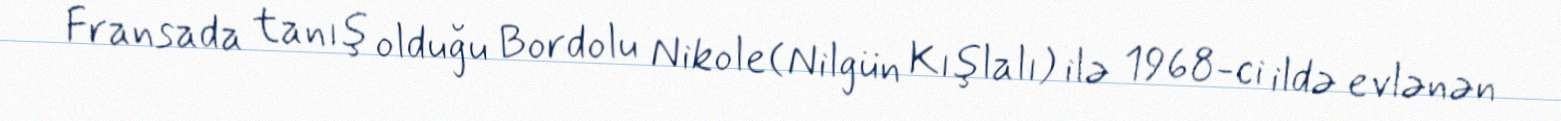
Fransada tanış olduğu Bordolu Nikole(Nilgün Kışlalı) ilə 1968-ci ildə evlənən